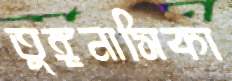
তুঙ্গনাসিকা